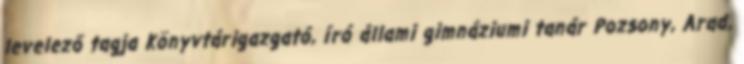
levelező tagja Könyvtárigazgató, író állami gimnáziumi tanár Pozsony, Arad,